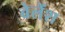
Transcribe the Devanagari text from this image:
बेलेंश